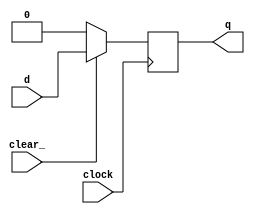
module d_ff(q, d, clock, clear_);
	
	input d, clear_, clock;
	output q;
	reg q;
	
	always @ (negedge clock)
	begin
		if (!clear_)
			q <= 1'b0;
			
		else
			q <= d;
			
	end

endmodule